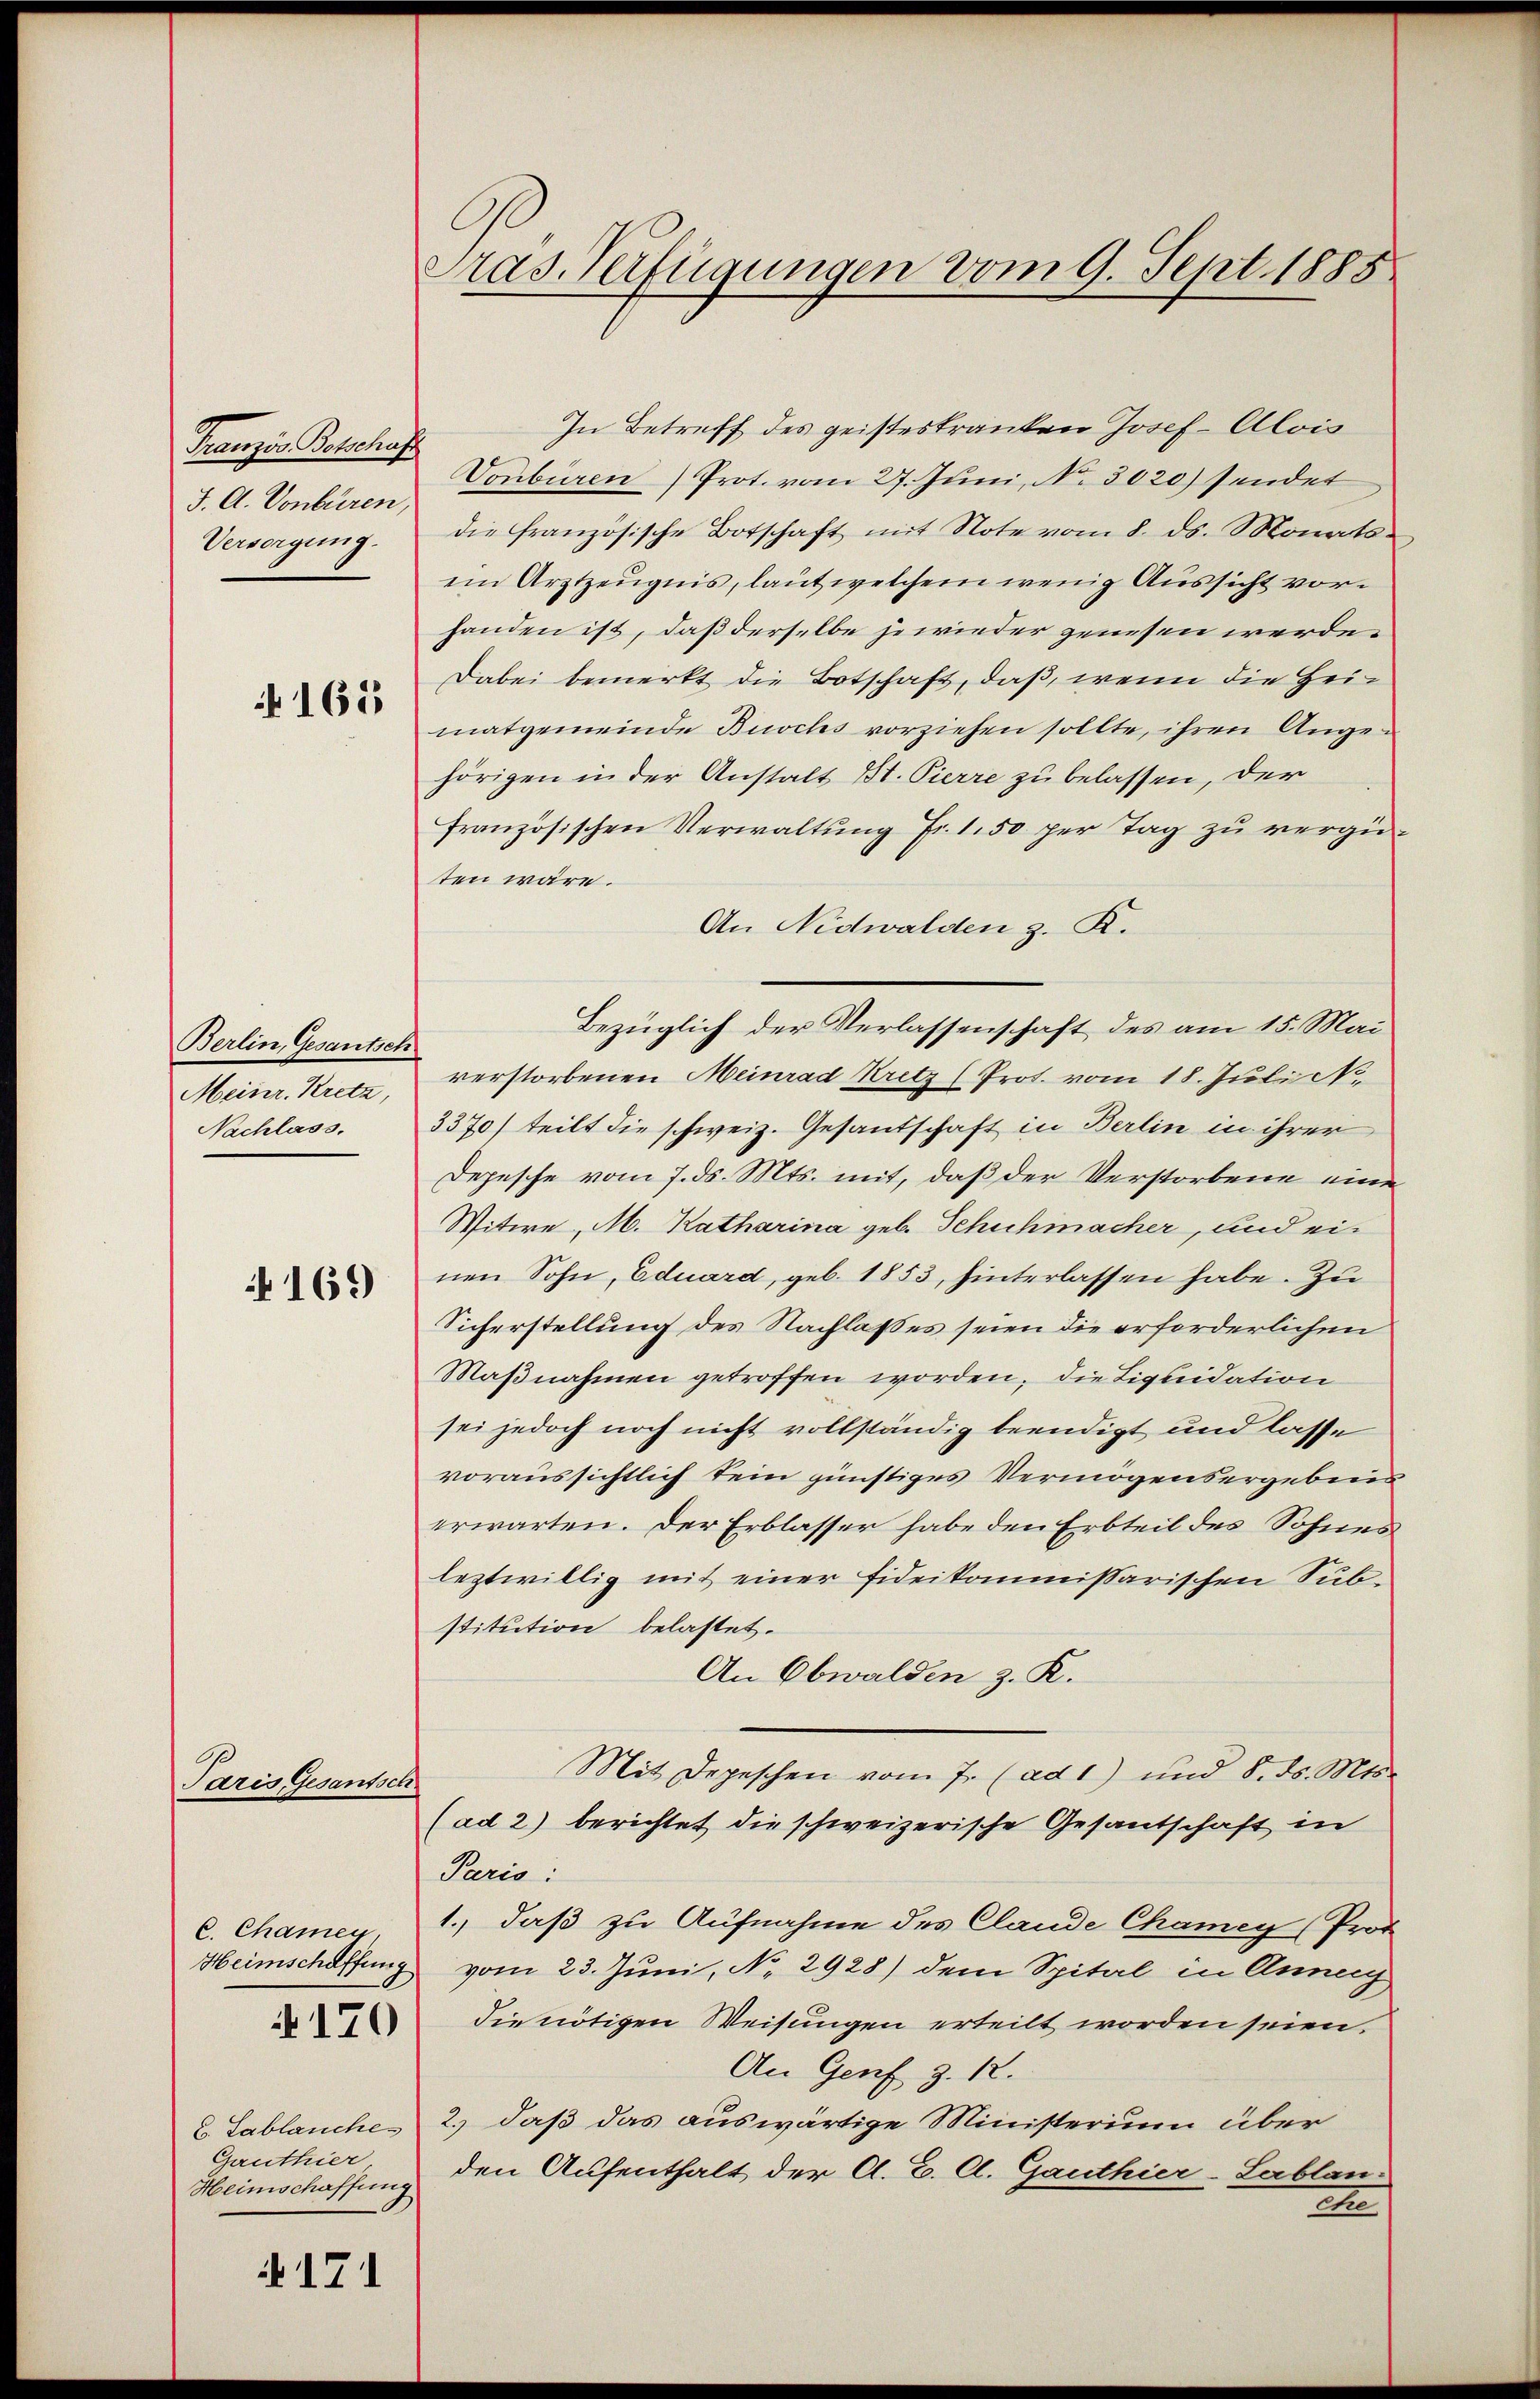
Franzis Botschaft
J. A. Vonbüren,
Versorgung.

165

Berlin, Gesantsch
Meinr. Kretz,
Nachlass.

169

Paris, Gesantsch

C. Chamen,
170

C. Lablauches
Ganthier
Heimschaffung

171

Pras. Verfügungen vom 9. Sept. 1888

In Betreff des geisteskranken Josef Alois
Vonbüren Prot. vom 27. Juni, N. 3020) sendet
die französische Botschaft mit Note vom 8. ds. Monats
ein Arztzeŭgnis, laut welchem wenig Aussicht vorhanden ist, daß derselbe je wieder zenesen werde.
Dabei bemerkt die Botschaft, daß, wenn die Heimatgemeinde Buchs vorziehen sollte, ihren Angehörigen in der Anstalt St. Pierre zu belassen, der
französischen Verwaltung Fr. 1.50 per Tag zu vergüten wäre.
An Nidwalden z. K.
Bezüglich der Verlassenschaft des am 15. Mai
verstorbenen Meinrad Kritz (Prot. vom 18. Juli
3370) teilt die schweiz. Gesantschaft in Berlin in ihrer
Depesche vom 7. ds. Mts. mit, daß der Verstorbene eine
Witwe, M. Katharina geb. Schuhmacher, und einen Sohn, Eduard, geb. 1853, hinterlassen habe. Zu
Sicherstellung des Nachlasses seien die erforderlichen
Maßnahmen getroffen worden, die Liquidation
sei jedoch noch nicht vollständig beendigt und lasse
voraussichtlich kein günstiges Vermögensergebnis
erwarten. Der Erblasser habe den Erbteil des Sohnes
leztwillig mit einer fideikommissarischen Sub-
stitution belastet.
An Obwalden z. K.
Mit Depeschen vom 7. (ad 1) und 8. ds. Mts.
(ad 2) berichtet die schweizerische Gesantschaft in
Paris:
1., daß zu Aufnahme des Clande Chamey (Prot
Heimschaffung vom 23. Juni, No. 2928) dem Spital in Anney
die nötigen Weisungen erteilt worden seien.
An Genf z. 12.
2.) daß das auswärtige Ministerium über
den Aufenthalt der A. B. Cl. Ganthier-Lablan
2